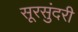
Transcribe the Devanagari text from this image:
सूरसुंदरी